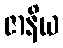
ဇာနိယ